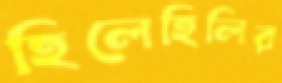
হিলেহিলির